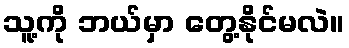
သူ့ကို ဘယ်မှာ တွေ့နိုင်မလဲ။